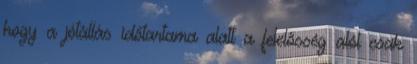
hogy a jótállás időtartama alatt a felelősség alól csak